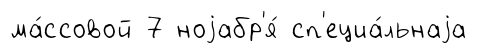
ма́ссовой 7 ноjабр'я́ сп'ециа́льнаjа